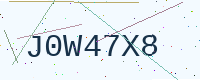
Text: J0W47X8